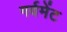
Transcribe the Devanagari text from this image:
गर्वमेंट